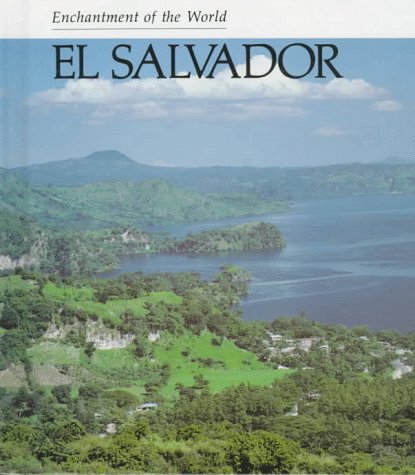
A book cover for El Salvador (Enchantment of the World. Second Series); Faren Maree Bachelis; Travel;